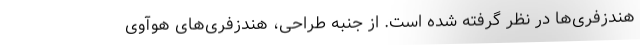
هندزفری‌ها در نظر گرفته شده است. از جنبه طراحی، هندزفری‌های هوآوی